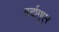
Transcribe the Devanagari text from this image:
वर्दागुएर